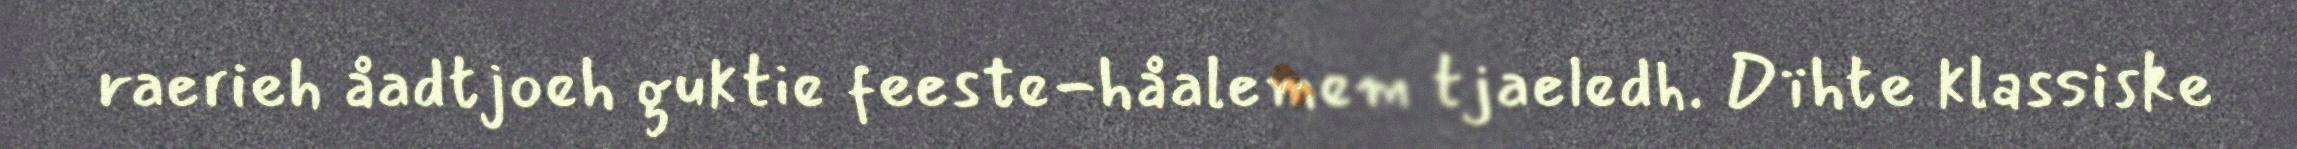
raerieh åadtjoeh guktie feeste-håalemem tjaeledh. Dïhte klassiske